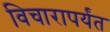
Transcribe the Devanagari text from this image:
विचारापर्यंत